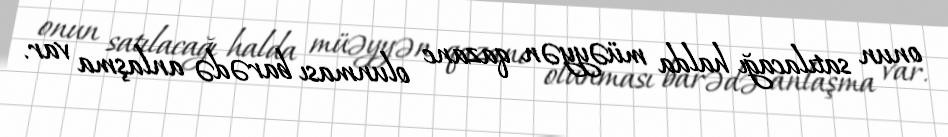
onun satılacağı halda müəyyən qazanc olunması barədə anlaşma var.